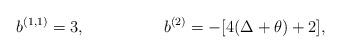
LaTeX: \begin{align*}b^{(1,1)}=3, \hspace{2cm} b^{(2)}=-[4(\Delta+\theta)+2],\end{align*}